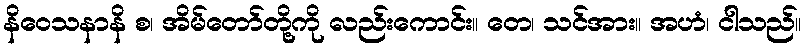
နိဝေသနာနိ စ၊ အိမ်တော်တို့ကို လည်းကောင်း။ တေ၊ သင်အား။ အဟံ၊ ငါသည်။